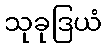
သုခုဒြယံ